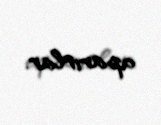
aparırlar.